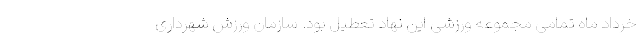
خرداد ماه تمامی مجموعه ورزشی این نهاد تعطیل بود. سازمان ورزش شهرداری